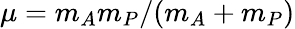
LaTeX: \mu=m_{A}m_{P}/(m_{A}+m_{P})